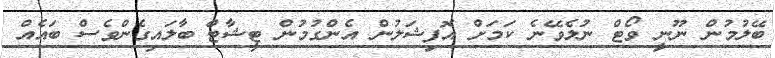
ބޭލުމުން ނޫނީ ވޯޓް ނުލެވޭނެ ކަމަށް އޮފިޝަލުން އެންގުމުން ޓީޝާޓް ބާލައިގެންވެސް ބައެއް